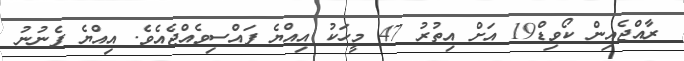
ރާއްޖެއިން ކޯވިޑް19 އަށް އިތުރު 47 މީހަކު އިއްޔެ ފައްސިވެއްޖެއެވެ. އިއްޔެ ފެނުނު